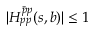
| H _ { p p } ^ { \bar { p } p } ( s , b ) | \leq 1